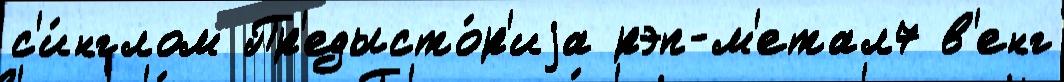
с'и́нглом Пр'едысто́р'иjа рэп-м'етал7 в'енг